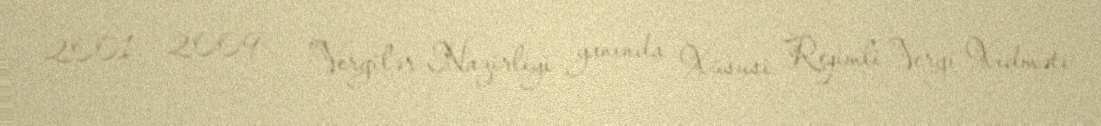
2001 – 2009 — Vergilər Nazirliyi yanında Xüsusi Rejimli Vergi Xidməti